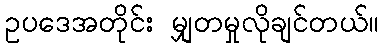
ဥပဒေအတိုင်း မျှတမှုလိုချင်တယ်။